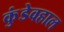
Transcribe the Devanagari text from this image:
कुंडेवहाल